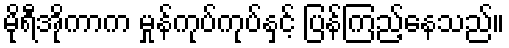
မိုရီအိုကာက မှုန်ကုပ်ကုပ်နှင့် ပြန်ကြည့်နေသည်။